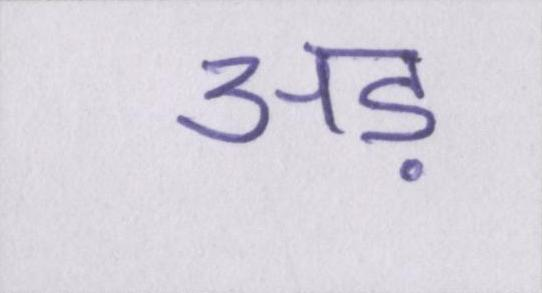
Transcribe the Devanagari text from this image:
अड़